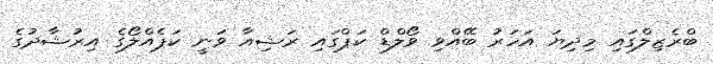
ބްރެޒިލްގައި މިދިޔަ އަހަރު ބޭއްވި ވޯލްޑް ކަޕްގައި ރަޝިއާ ވަނީ ކަޕެއްލޯގެ އިރުޝާދުގެ